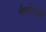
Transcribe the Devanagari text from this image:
मैनचेस्टरके